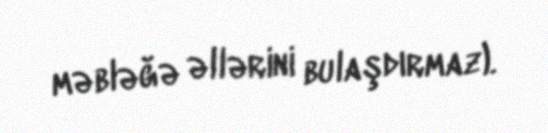
məbləğə əllərini bulaşdırmaz).